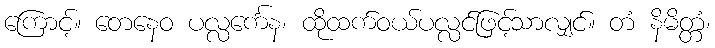
ကြောင့်။ တေနေဝ ပလ္လင်္ကေန၊ ထိုထက်ဝယ်ပလ္လင်ဖြင့်သာလျှင်။ တံ နိမိတ္တံ၊